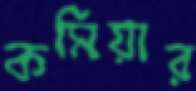
কমিয়ার